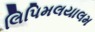
લિપિમલયાલમ